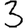
Digit: 3